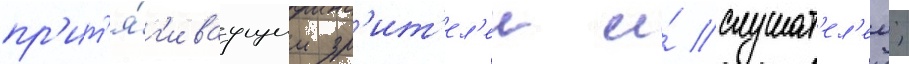
пр'ит'я́г'иваущим зр'ит'ел'еи и́ слушат'ел'еи;